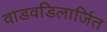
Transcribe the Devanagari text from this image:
वाडवडिलार्जित